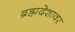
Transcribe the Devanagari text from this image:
ब्रह्मदेशावर